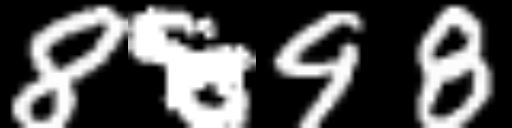
Text: 8898